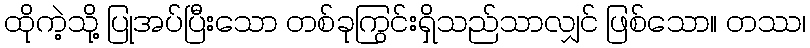
ထိုကဲ့သို့ ပြုအပ်ပြီးသော တစ်ခုကြွင်းရှိသည်သာလျှင် ဖြစ်သော။ တဿ၊